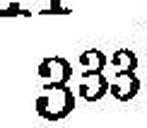
333